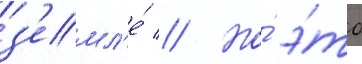
з'емл'е́ // Но́ э́то